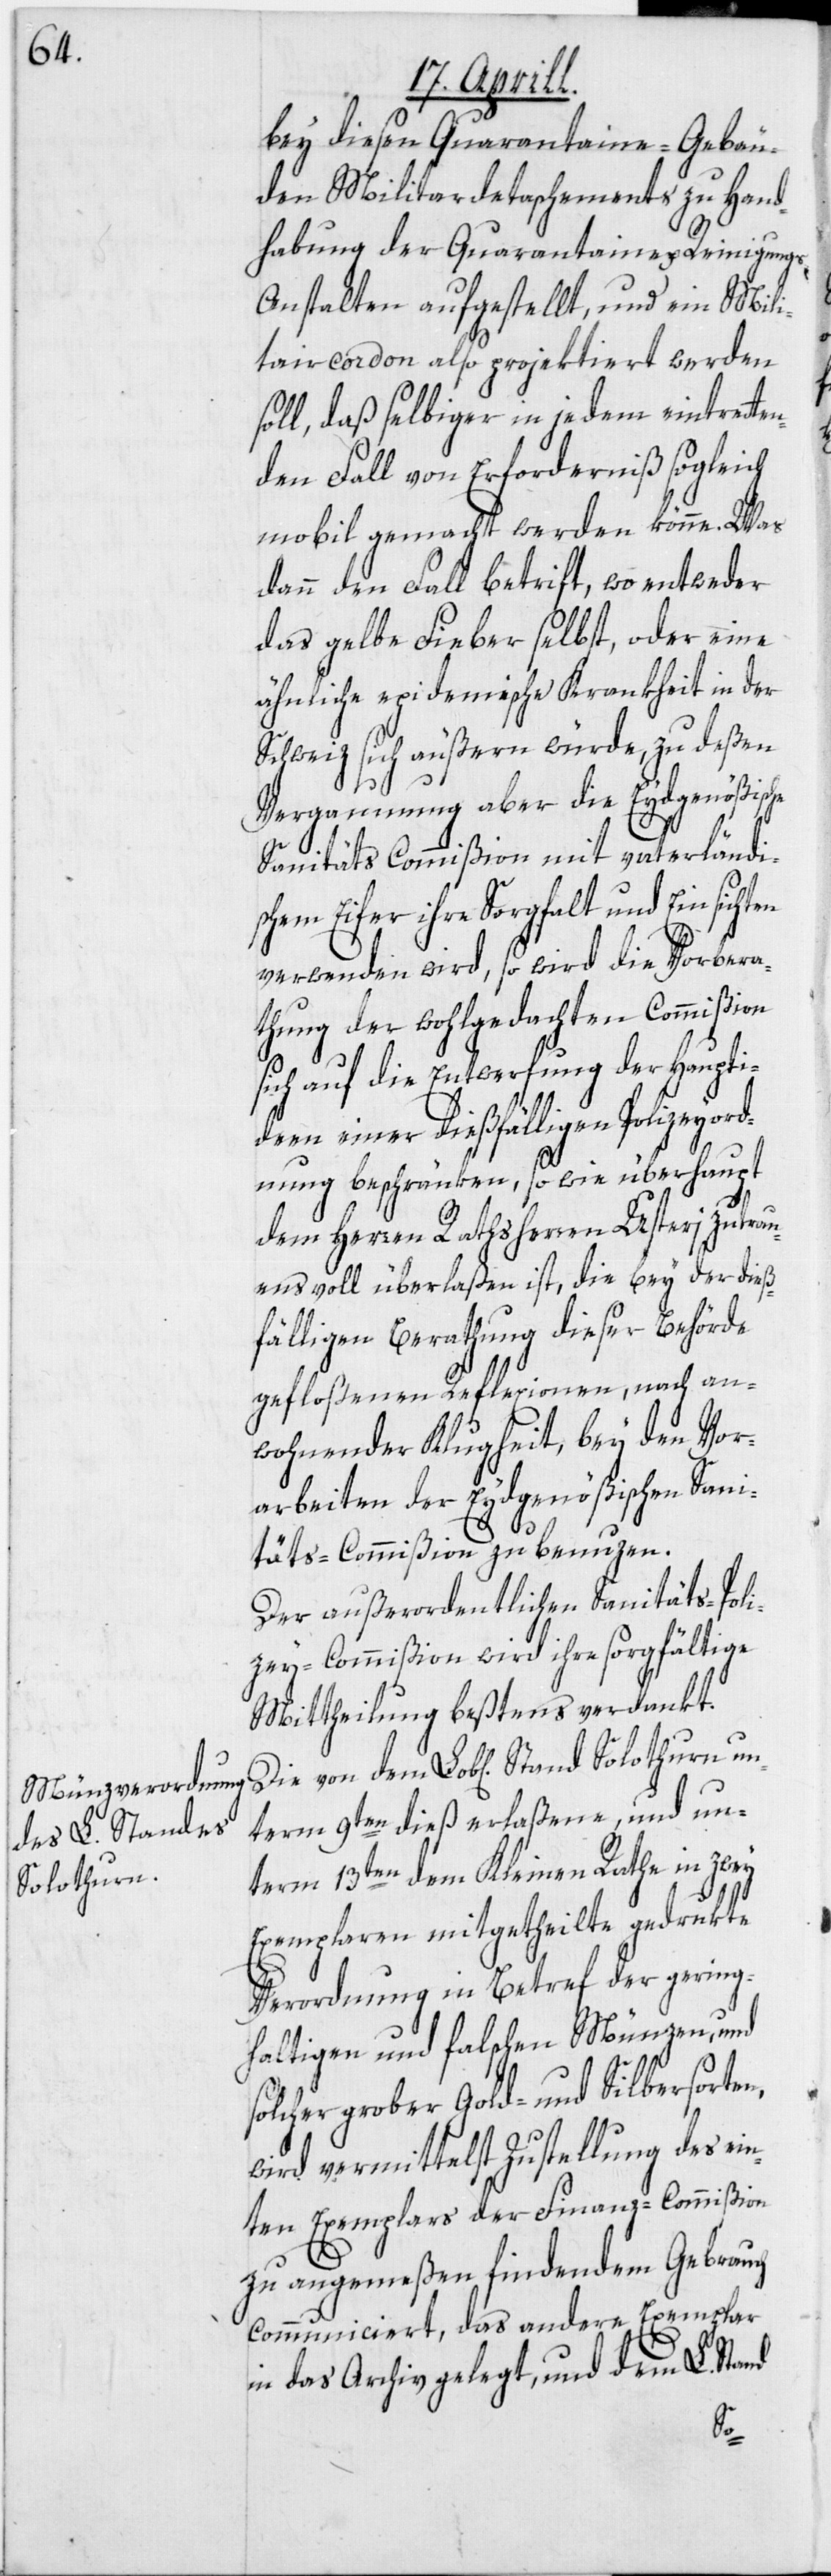
Solothurn

bey diesen Quarantaine-Gebäu¬
den Mobiliardetaschements zu Hand¬
habung der Quarantaine- u. Reinigung¬
s-Anstalten aufgestellt, und ein Mili¬
tarcordon also projektiert werden
soll, daß selbiger in jedem eintretten¬
den Fall von Erforderniß sogleich
mobil gemacht werden könne. Was
dann den Fall betrif[f]t, wo entweder
das gelbe Fieber selbst, oder eine
ähnliche epidemische Krankheit in der
Schweiz sich äußern würde, zu deßen
Vergaumung aber die Eydgenößisc¬
Sanitäts Commißion mit vaterländi¬
schem Eifer ihre Sorgfalt und Einsichten
verwenden wird, so wird die Vorbera¬
thung der wohlgedachten Commißion
sich auf die Entwerfung der Haupti¬
deen einer dießfälligen Polizeyord¬
nung beschränken, so wie überhaupt
dem Herren Rathsherren Usteri zutrau¬
ensvoll überlaßen ist, die bey der dieß¬
fälligen Berathung dieser Behörde
gefloßenen Reflexionen, nach an¬
wohnender Klugheit, bey den Vor¬
arbeiten der Eydgenößischen Sani¬
täts-Commißion zu benuzen.
Der außerordentlichen Sanitäts-Poli¬
zey-Commißion wird ihre sorgfältige
Mittheilung beßtens verdankt.
term 9ten dieß erlaßene, und un¬
term 13ten dem Kleinen Rathe in zwey
Exemplaren mitgetheilte gedrukte
Verordnung in Betref der gering¬
haltigen und falschen Münzen, und
solcher grober Gold- und Silbersorten,
wird vermittelst Zustellung des ein¬
ten Exemplars der Finanz-Commißion
zu angemeßen findendem Gebrauch
communiciert, das andere Exemplar
in das Archiv gelegt, und dem L. Stand
un¬